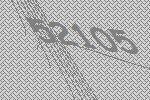
52105